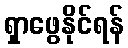
ရှာဖွေနိုင်ရန်